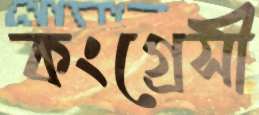
কংগ্রেসী